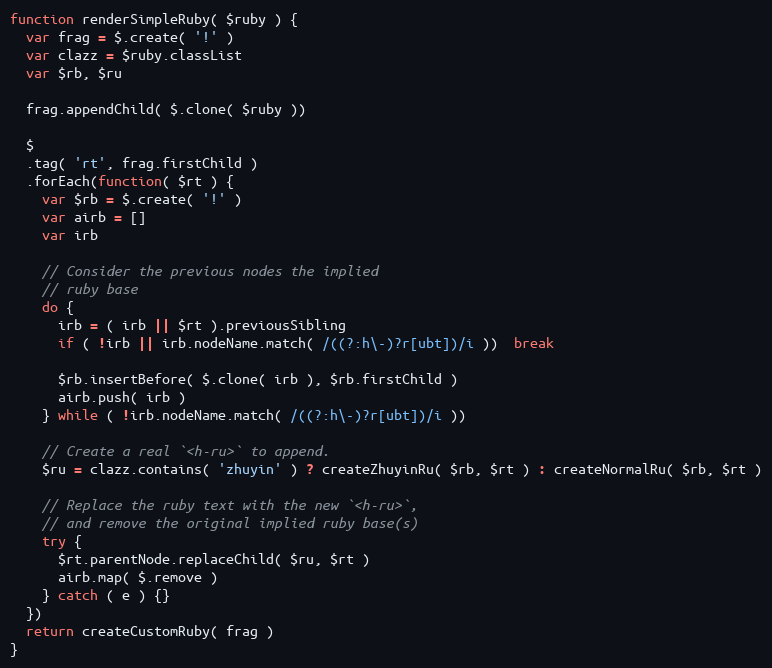
Language: JavaScript
function renderSimpleRuby( $ruby ) {
  var frag = $.create( '!' )
  var clazz = $ruby.classList
  var $rb, $ru

  frag.appendChild( $.clone( $ruby ))

  $
  .tag( 'rt', frag.firstChild )
  .forEach(function( $rt ) {
    var $rb = $.create( '!' )
    var airb = []
    var irb

    // Consider the previous nodes the implied
    // ruby base
    do {
      irb = ( irb || $rt ).previousSibling
      if ( !irb || irb.nodeName.match( /((?:h\-)?r[ubt])/i ))  break

      $rb.insertBefore( $.clone( irb ), $rb.firstChild )
      airb.push( irb )
    } while ( !irb.nodeName.match( /((?:h\-)?r[ubt])/i ))

    // Create a real `<h-ru>` to append.
    $ru = clazz.contains( 'zhuyin' ) ? createZhuyinRu( $rb, $rt ) : createNormalRu( $rb, $rt )

    // Replace the ruby text with the new `<h-ru>`,
    // and remove the original implied ruby base(s)
    try {
      $rt.parentNode.replaceChild( $ru, $rt )
      airb.map( $.remove )
    } catch ( e ) {}
  })
  return createCustomRuby( frag )
}